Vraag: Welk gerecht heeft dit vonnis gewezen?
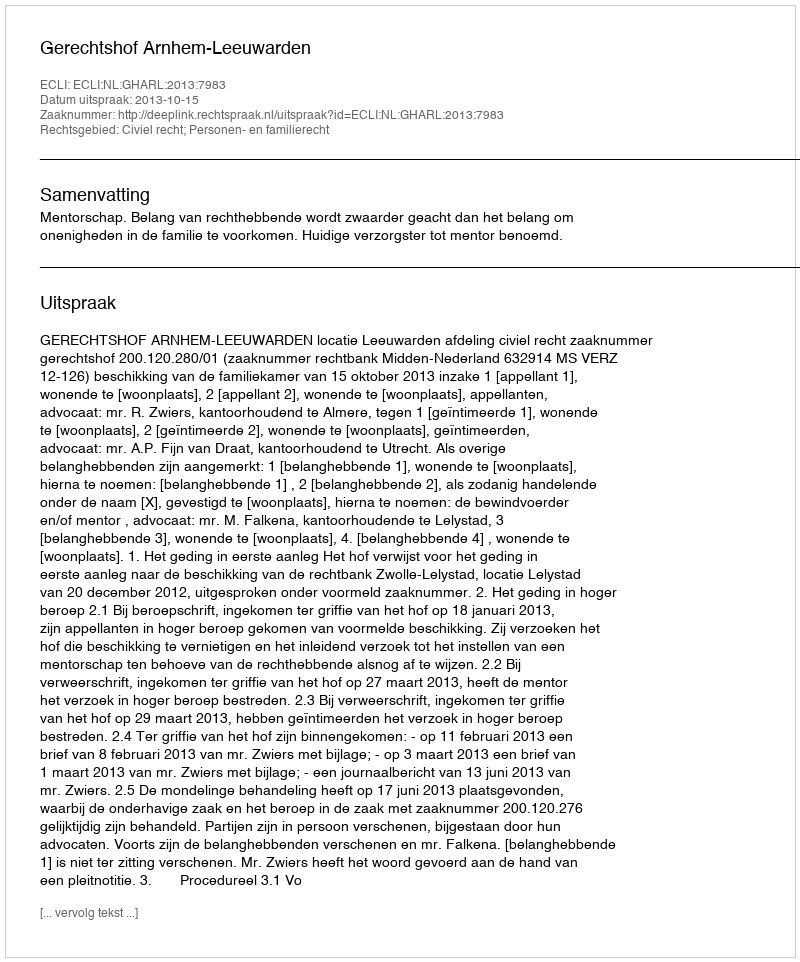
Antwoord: Gerechtshof Arnhem-Leeuwarden